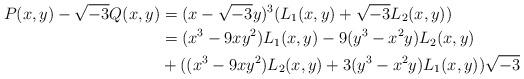
LaTeX: \begin{align*}P(x,y)-\sqrt{-3}Q(x,y)&=(x-\sqrt{-3}y)^3(L_1(x,y)+\sqrt{-3}L_2(x,y))\\&=(x^3-9xy^2)L_1(x,y)-9(y^3-x^2y)L_2(x,y)\\&+((x^3-9xy^2)L_2(x,y)+3(y^3-x^2y)L_1(x,y))\sqrt{-3}\end{align*}